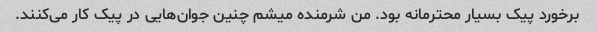
برخورد پیک بسیار محترمانه بود. من شرمنده میشم چنین جوان‌هایی در پیک کار می‌کنند.